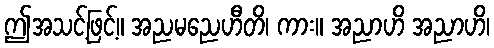
ဤအသင့်ဖြင့်။ အညမညေဟီတိ၊ ကား။ အညာဟိ အညာဟိ၊